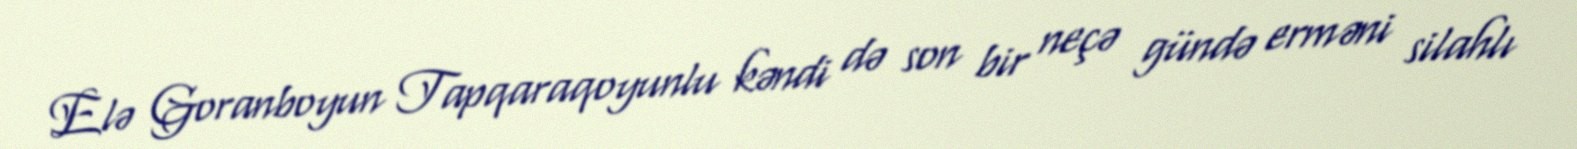
Elə Goranboyun Tapqaraqoyunlu kəndi də son bir neçə gündə erməni silahlı